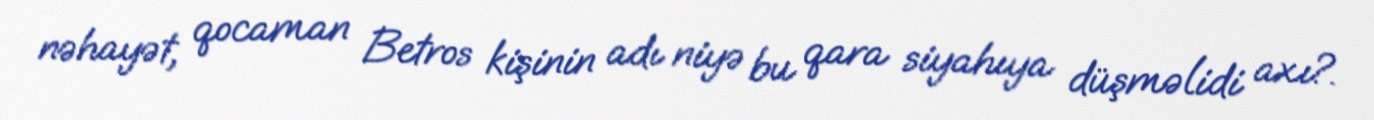
nəhayət, qocaman Betros kişinin adı niyə bu qara siyahıya düşməlidi axı?.